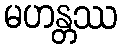
မဟန္တဿ